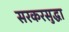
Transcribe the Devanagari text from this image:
सरकरसुद्धा